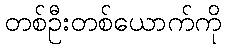
တစ်ဦးတစ်ယောက်ကို